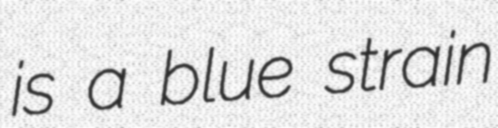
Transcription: is a blue strain